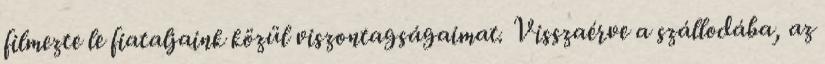
filmezte le fiataljaink közül viszontagságaimat. Visszaérve a szállodába, az